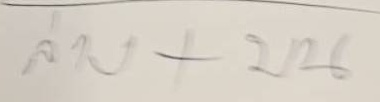
ล่าง + บน